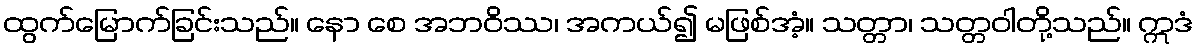
ထွက်မြောက်ခြင်းသည်။ နော စေ အဘဝိဿ၊ အကယ်၍ မဖြစ်အံ့။ သတ္တာ၊ သတ္တဝါတို့သည်။ ဣဒံ